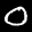
Label: 0